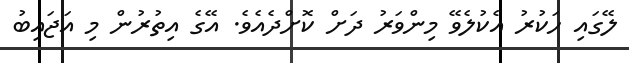
ލޭގައި ހަކުރު އެކުލެވޭ މިންވަރު ދަށް ކޮށްދެއެވެ. އޭގެ އިތުރުން މި އަޖައިބު